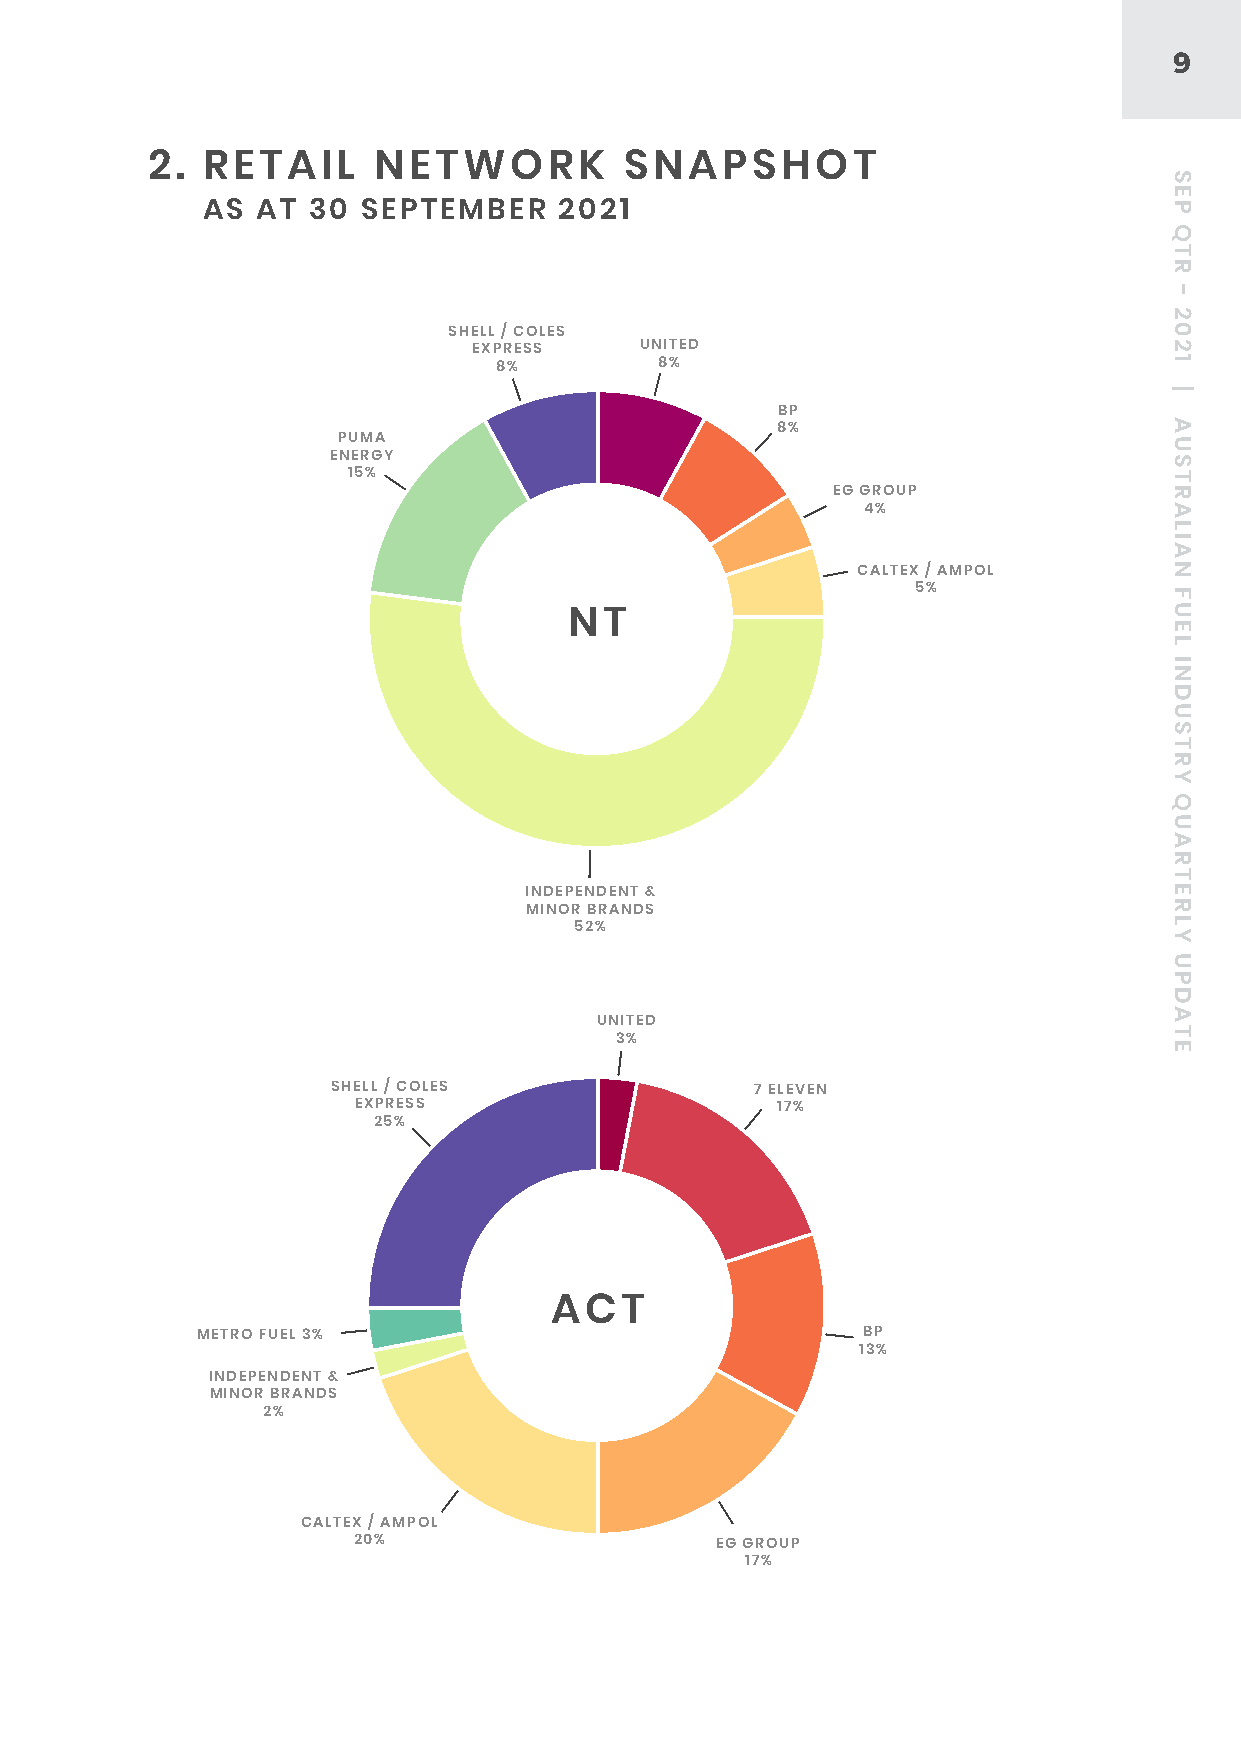
9
 2. RETAIL      NETWORK         SNAPSHOT
 AS  AT 30  SEPTEMBER    2021
 SHELL / COLES
 88EXPRESS           UNITED         +8++8+44++55++5252++1515++88++DD
 8%         8%
 BP
 8%
 PUMA
 ENERGY
 15%
 EG GROUP
 4%
 CALTEX / AMPOL
 5%
 NT
 INDEPENDENT &
 MINOR BRANDS
 52%
 UNITED
 333%                               ++1717++1313++1717++2020++22++33++2525++DD
 SHELL / COLES               7 ELEVEN
 EXPRESS                     17%
 25%
 ACT
 METRO FUEL 3%                               BP
 13%
 INDEPENDENT &
 MINOR BRANDS
 2%
 CALTEX / AMPOL
 20%                     EG GROUP
 17%
 SEP
 QTR
 -
 2021
 |
 AUSTRALIAN
 FUEL
 INDUSTRY
 QUARTERLY
 UPDATE